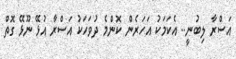
އަސްރާ ލިބުނީ.. އެކަމަކު އަހަރެން ކޮންމެ ދުވަހަކު އަސްރާ އުޅޭ ނޫޅޭ ގޮތް